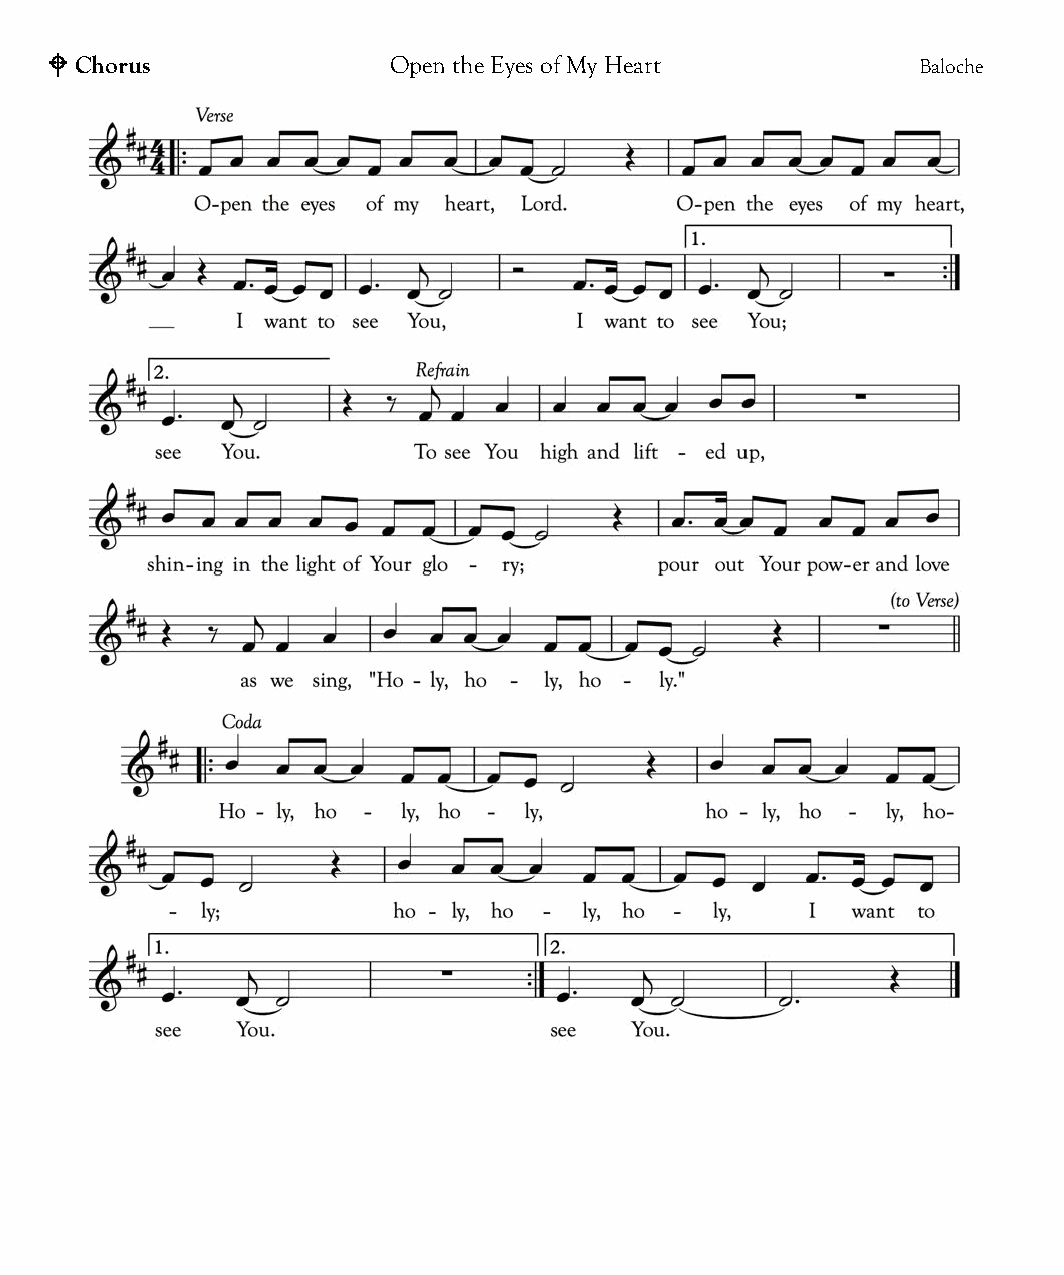
! Chorus               Open the Eyes of My Heart          Baloche
 WORSHIP     WITH   US THIS   ADVENT
 Advent Morning Worship
 DECEMBER 2, 9, 16   10:30 A.M.
 Advent-themed Morning Worship led by the Adult Choir and instrumentalists
 Hanging of the Green Service
 DECEMBER 2         6:30 P.M.
 Usher in the Advent season with this family-friendly service in which we will
 decorate our sanctuary — including carols, music and readings
 The Living Nativity
 DECEMBER 16 & 17 6:15 & 7:00 P.M.
 Join us for this retelling of Christ’s birth by our nativity characters
 out on the front lawn of the church (corner of Lead Mine and Sawmill)
 Children’s Nativity in Morning Worship
 DECEMBER 23       10:30 A.M.
 Morning Worship featuring readings and songs led by the children
 Service of Hope and Remembrance
 DECEMBER 23        6:30 P.M.
 A reflective service for those living with loss and grief — in the Gathering Room
 Carols, Communion and Candlelight
 DECEMBER 24        5:30 P.M.
 A family-friendly Christmas Eve service, with carols, candles and communion
 Morning Worship
 DECEMBER 30       10:30 A.M.
 Help us celebrate the birth of Christ in this last service of the year
 Come for donuts and beverages at 10:00 A.M. No Sunday School